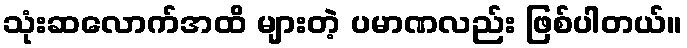
သုံးဆလောက်အထိ များတဲ့ ပမာဏလည်း ဖြစ်ပါတယ်။